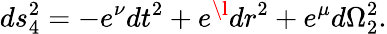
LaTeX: ds_{4}^{2}=-e^{\nu}dt^{2}+e^{\l}dr^{2}+e^{\mu}d\Omega_{2}^{2}.